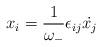
LaTeX: \begin{align*}x_i = \frac{1}{\omega _-}\epsilon_{ij}{\dot{x_j}}\end{align*}